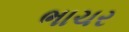
ભાચર